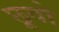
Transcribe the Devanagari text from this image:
छूवो